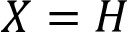
X = H